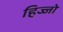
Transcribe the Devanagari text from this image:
हिज्जो